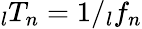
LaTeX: \phantom{}_{l}T_{n}=1/\phantom{}_{l}f_{n}